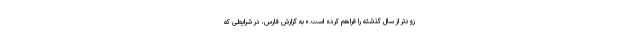
زودتر از سال گذشته را فراهم کرده است.» به گزارش فارس، در شرایطی که